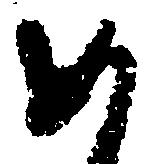
め